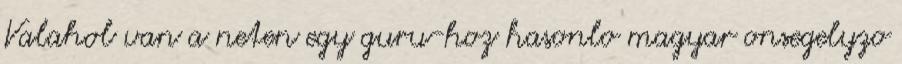
Valahol van a neten egy guru-hoz hasonlo magyar onsegelyzo